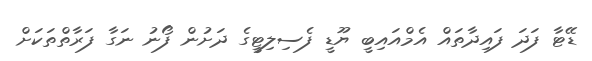
ޑޭޓާ ފަދަ ފައިދާތައް އެމްއައިބީ ޔޫޑީ ފެސިލިޓީގެ ދަށުން ފޯނު ނަގާ ފަރާތްތަކަށް